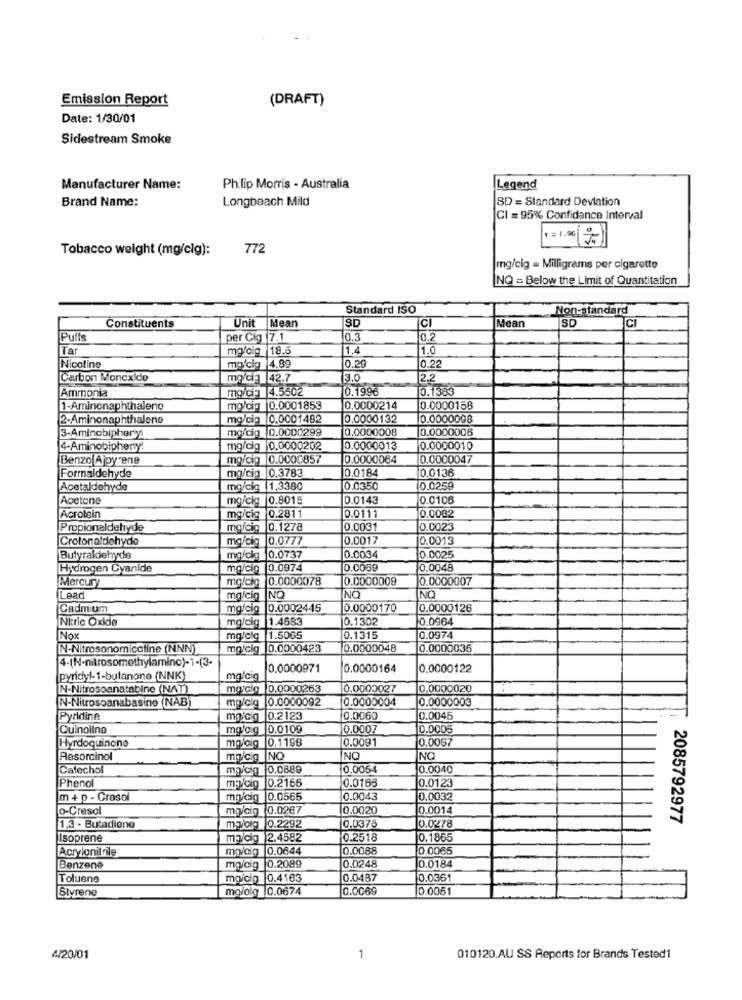
Emission Report
(DRAFT)
Date: 1/30/01
Sidestream Smoke
Manufacturer Name:
Philip Morris - Australia
Legend
Brand Name:
Longbeach Mild
SD = Standard Deviation
CI = 95% Confidence Interval
Tobacco weight (mg/clg):
772
mg/cig = Milligrams per cigarette
NQ = Below the Limit of Quantitation
Standard ISO
Non-standard
Unit
SD
Mean
SD
C
Constituents
Mear
Puffs
per Cig 7.1
0.3
0.2
Tar
mg/cig_18.5
1.4
1.0
Nicotine
mg/cig 4.89
0.29
0.22
Carbon Monoxide
mg/dl3 42.7
3.0
2.2
Ammonia
mg/d: 4.5502
0.1996
0.1383
1-Aminonaphthalene
mg/cig 0.0001853
0.0000214
0.0000158
2-Aminonaphthalone
mg/cig 0.0001482
0.0000132
0.0000098
mg/cig 0.0000299
0.0000008
0.0000008
3-Aminobiphery
4-Aminobiphenty!
me/cig 0.0000202
0.0000013
0.0000010
Benzo Ajoyrene
mg/cig 0.0000857
0.0000064
0.0000047
0.0184
Formaldehyde
mg/cig 0.3783
0.0136
Acetaldehyde
mg/cig 1.3380
0.0350
0.0259
Acetone
mg/cky 0.8015
0.0143
0.0106
0.0082
Aprotein
mg/cig 0.2811
0.0111
Propionaldehyde
mg/cig 0.1278
0.0031
0.0023
Crotonaldohydo
mg/cig |0.0777
0.0017
0.0013
Butyraldehyde
mg/cig_0.0737
0.0034
0.0025
Hydrogen Cyanide
mg/cig 0.0974
0.0039
0.0048
Mercury
mg/cig 0.0000078
0.0000009
0.0000007
NO
NO
Lead
mg/cig NO
Cadmium
mg/cig 0.0002445
0.0000170
0.0000126
Nitric Oxide
mg/cig |1.4683
0.1302
0.0964
Nox
mg/clg |1.5065
0.1315
0.0974
N-Nitrosonomicatine (NNN)
mg/cig 0.0000423
0.0000048
0.0000036
0.0000971
0.0000164
0.0000122
pyridyl-1-butanone (NNK)
mg'cig
N-Nitrosoanatabine (NAT)
mo/clo 0.0000263
0.0000027
0.0000020
N-Nitrosoanabasino (NAB)
mg/clg 0.0000092
0.0000004
0.0000003
Pyridine
mg/cg 0.2123
0.0060
0.0045
Quinoline
mg/cig 0.0109
0.0007
0.0005
Hyrdoquinone
mg/oig 0.1198
0.0091
0.0067
Resorcinol
mg/cig NQ
NO
NQ
Cafechol
my/cg 0.0889
0,0054
0.0040
Phenol
m /Gig 0.2165
0.0166
0.0123
m + p - Crosol
mg/cig |0.0565
0.0043
0.0032
o-Greso
mg/cig 0.0267
0.0020
0.0014
2085792977
1,3 - Butadiene
mayolg 0.2292
0.0375
0.0278
Isoprene
my/cig 2.4582
0.2518
0.1865
Acrylonitrile
movcig 0.0644
0.0088
0.0085
0.0248
Benzene
mg/cig 0.2089
0.0184
Toluene
ma/cin |0.4163
0.0487
0.0361
Styrene
mg/olg 0.0674
0.0069
0.0051
4/20/01
1
010120.AU SS Reports for Brands Tested1